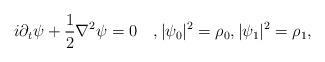
LaTeX: \begin{align*}i\partial_t \psi + \frac1 2 \nabla^2 \psi = 0\quad,|\psi_0|^2 = \rho_0 , |\psi_1|^2 = \rho_1,\end{align*}